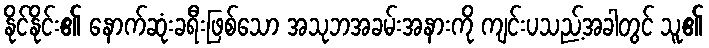
နိုင်နိုင်း၏ နောက်ဆုံးခရီးဖြစ်သော အသုဘအခမ်းအနားကို ကျင်းပသည့်အခါတွင် သူ၏